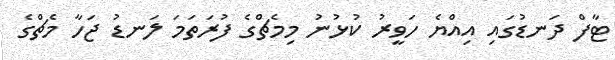
ޓާފް ދަނޑުގައި އިއްޔެ ހަވީރު ކުޅުނު މިމެޗްގެ ފުރަތަމަ ލަނޑު ޖަހާ މެޗްގެ